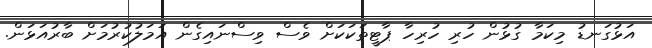
އަޅުގަނޑު މިކަމާ ގުޅުން ހުރި ހުރިހާ ޕާޓީތަކަކަށް ވެސް ވިސްނައިގެން އަމަލުކުރުމަށް ބާރުއަޅަން.